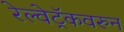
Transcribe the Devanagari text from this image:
रेल्वेट्रॅकवरुन